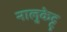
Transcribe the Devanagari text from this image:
नालुकेट्टु